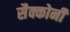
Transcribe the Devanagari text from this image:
सैक्कोनी